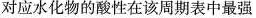
对应水化物的酸性在该周期表中最强